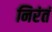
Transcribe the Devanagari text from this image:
निरंतं